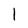
Character: I